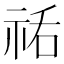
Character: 𰧼